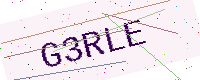
Text: G3RLE